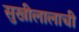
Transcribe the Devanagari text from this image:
सुखीलालाची